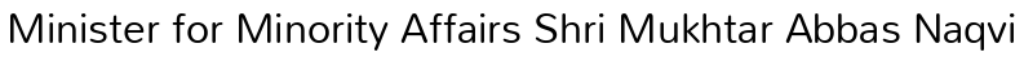
Minister for Minority Affairs Shri Mukhtar Abbas Naqvi